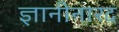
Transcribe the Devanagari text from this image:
ज्ञानीनारद